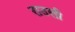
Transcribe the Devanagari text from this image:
राउली